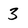
Character: 3